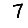
Digit: 7